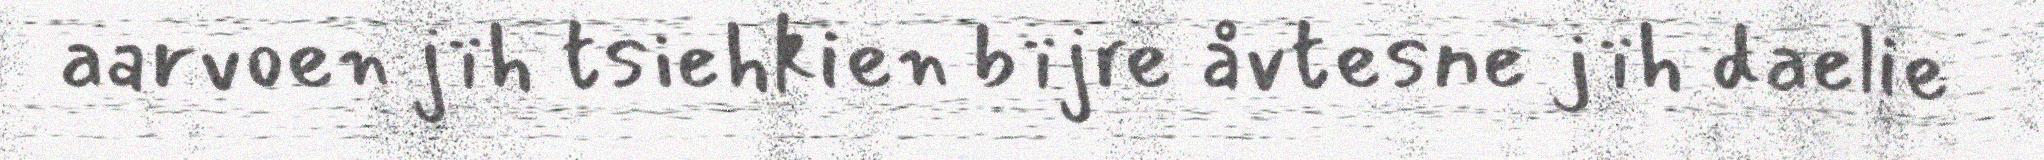
aarvoen jïh tsiehkien bïjre åvtesne jïh daelie